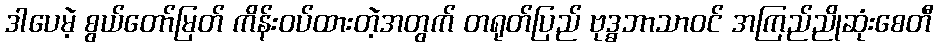
ဒါပေမဲ့ စွယ်တော်မြတ် ကိန်းဝပ်ထားတဲ့အတွက် တရုတ်ပြည် ဗုဒ္ဓဘာသာဝင် အကြည်ညိုဆုံးစေတီ